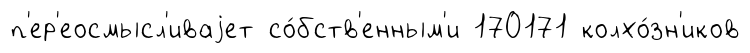
п'ер'еосмысл'иваjет со́бств'енным'и 170171 колхо́зн'иков